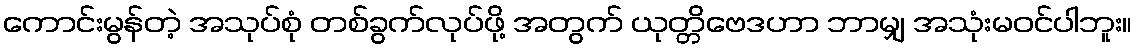
ကောင်းမွန်တဲ့ အသုပ်စုံ တစ်ခွက်လုပ်ဖို့ အတွက် ယုတ္တိဗေဒဟာ ဘာမျှ အသုံးမဝင်ပါဘူး။